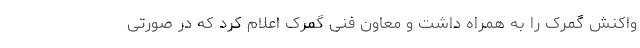
واکنش گمرک را به همراه داشت و معاون فنی گمرک اعلام کرد که در صورتی